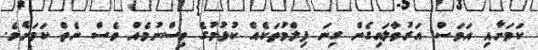
ކަމަށާއި އަވަސް އަރުވާލައިގެން ގިނަ ފިލްމުތަކެއް ކުޅުމުގެ ވިސްނުމެއް ވެސް ނެތް ކަމަށެވެ.